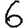
Digit: 6